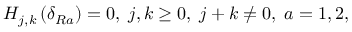
H _ { j , k } \left( \delta _ { R a } \right) = 0 , \; j , k \geq 0 , \; j + k \neq 0 , \; a = 1 , 2 ,